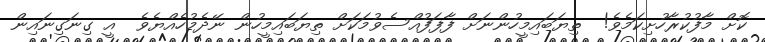
ކޮށް މާފުކުރާހުށިކަމެވެ!  ތިޔަބައިމީހުންނަށް ފާފަފުއްސެވުމަކަށް ތިޔަބައިމީހުން ނޭދެމުހެއްޔެވެ  އީ ގިނަގިނައިން